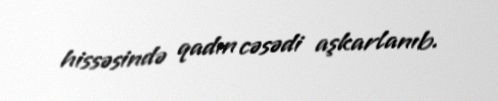
hissəsində qadın cəsədi aşkarlanıb.